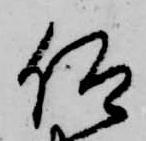
仰